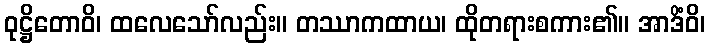
ဝုဋ္ဌိတောဝိ၊ ထလေသော်လည်း။ တဿာကထာယ၊ ထိုတရားစကား၏။ အာဒိံဝိ၊